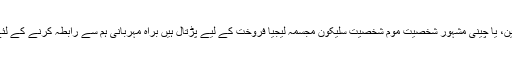
اور اگر آپ کو قیمت میں چین، یا چینی مشہور شخصیت موم شخصیت سلیکون مجسمہ لیجیا فروخت کے لیے پڑتال ہیں براہ مہربانی ہم سے رابطہ کرنے کے لئے آزاد محسوس کرتے ہیں ۔